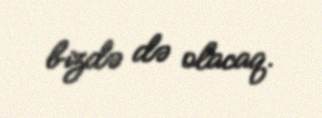
bizdə də olacaq.